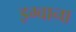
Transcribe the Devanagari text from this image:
इग्वाना